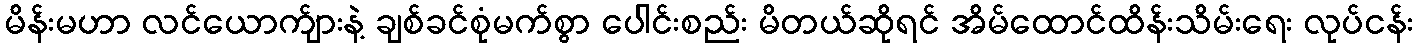
မိန်းမဟာ လင်ယောက်ျားနဲ့ ချစ်ခင်စုံမက်စွာ ပေါင်းစည်း မိတယ်ဆိုရင် အိမ်ထောင်ထိန်းသိမ်းရေး လုပ်ငန်း